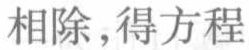
相除, 得方程